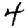
Digit: 4